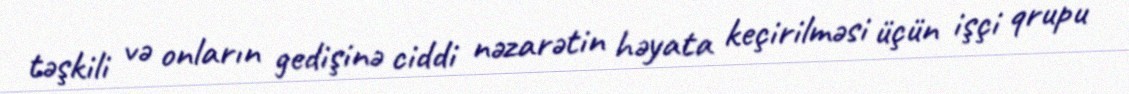
təşkili və onların gedişinə ciddi nəzarətin həyata keçirilməsi üçün işçi qrupu